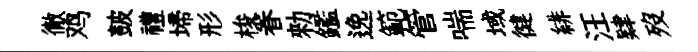
徹鸡皷禮埽形梭眷勑鑑𨓜範管喘域徤緋汪肄歿